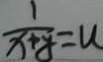
\frac { 1 } { x + y } = u